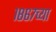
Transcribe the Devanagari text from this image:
१८६७च्या